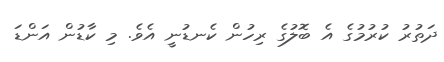
ދަތުރު ކުރުމުގެ އެ ބޮލުގެ ރިހުން ކެނޑުނީ އެވެ. މި ކާޑުން އަންޑަ